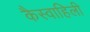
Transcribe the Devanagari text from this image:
कैस्वाहिली